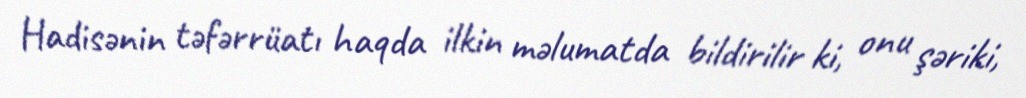
Hadisənin təfərrüatı haqda ilkin məlumatda bildirilir ki, onu şəriki,